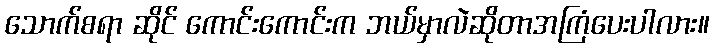
သောက်စရာ ဆိုင် ကောင်းကောင်းက ဘယ်မှာလဲဆိုတာအကြံပေးပါလား။